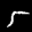
Label: 5